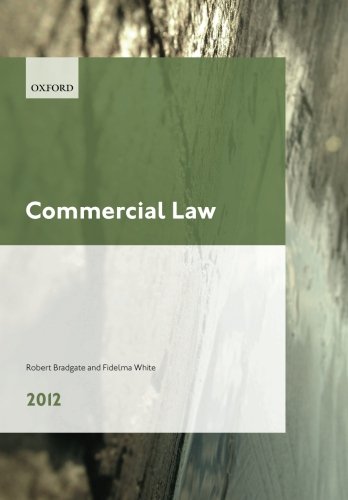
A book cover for Commercial Law 2012: LPC Guide (Blackstone Legal Practice Course Guide); Robert Bradgate; Law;